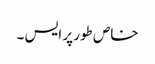
خاص طور پر ایس ۔